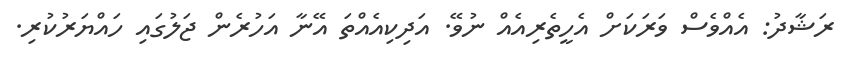
ރަޝާދު: އެއްވެސް ވަރަކަށް އެހީތެރިއެއް ނުވޭ. އަދިކިއެއްތަ އޭނާ އަހުރެން ޖަލުގައި ހައްޔަރުކުރި.